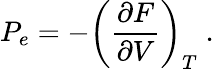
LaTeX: P_{e}=-\left(\frac{\partial F}{\partial V}\right)_{T}\; .